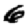
Digit: 6